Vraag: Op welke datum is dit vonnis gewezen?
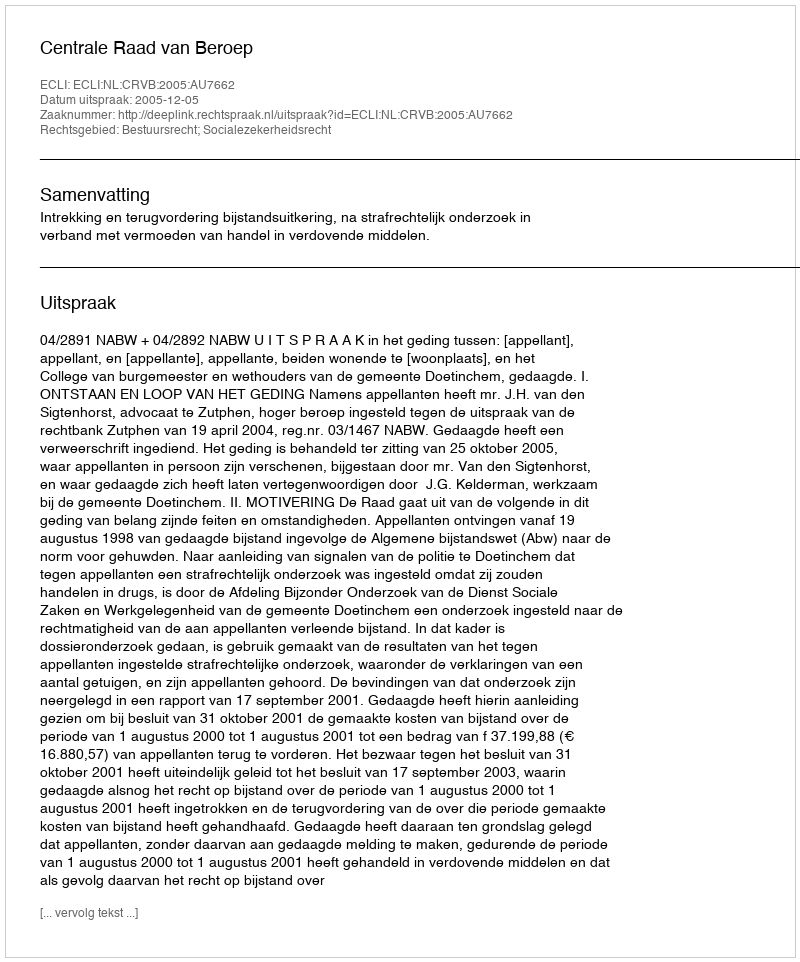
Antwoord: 2005-12-05